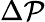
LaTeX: \Delta\mathcal{P}